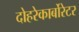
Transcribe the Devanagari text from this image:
दोहरेकार्बोरेटर